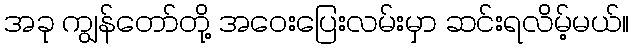
အခု ကျွန်တော်တို့ အဝေးပြေးလမ်းမှာ ဆင်းရလိမ့်မယ်။